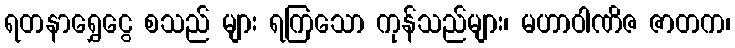
ရတနာရွှေငွေ စသည် များ ရကြသော ကုန်သည်များ၊ မဟာဝါဏိဇ ဇာတက၊